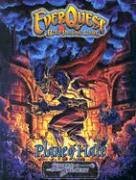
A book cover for Everquest Plane of Hate (Sword & Sorcery); Kurt Hausheer; Science Fiction & Fantasy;